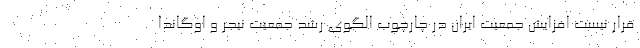
قرار نیست افزایش جمعیت ایران در چارچوب الگوی رشد جمعیت نیجر و اوگاندا